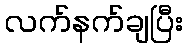
လက်နက်ချပြီး